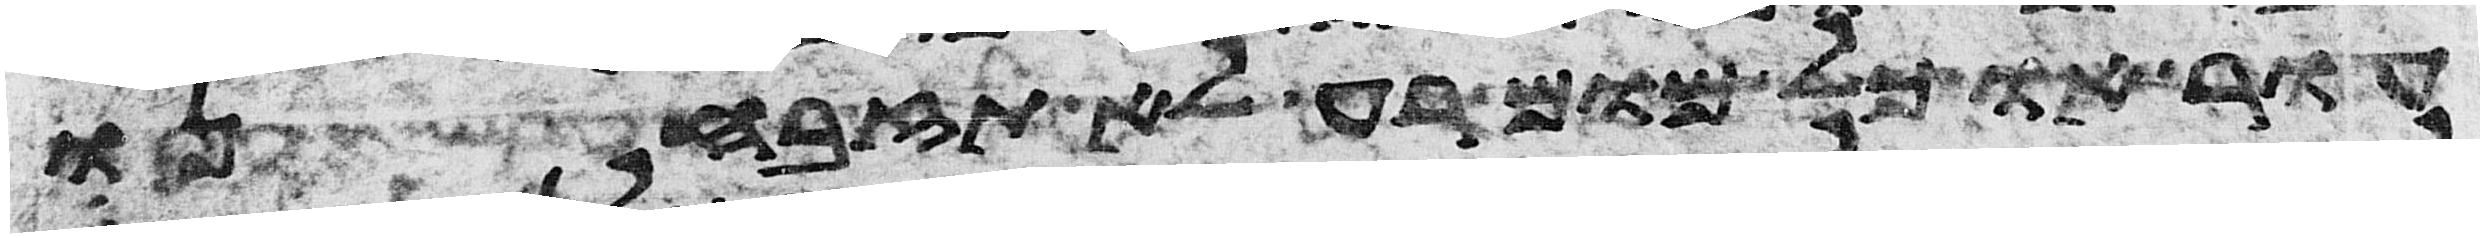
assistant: עור או כל מום רע לא תזבחנו